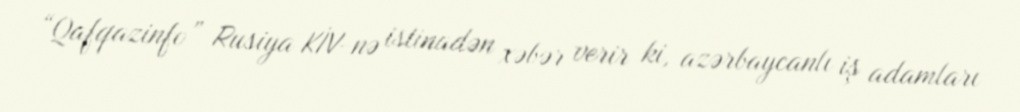
“Qafqazinfo” Rusiya KİV-nə istinadən xəbər verir ki, azərbaycanlı iş adamları